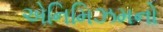
એનિમિઝમનો